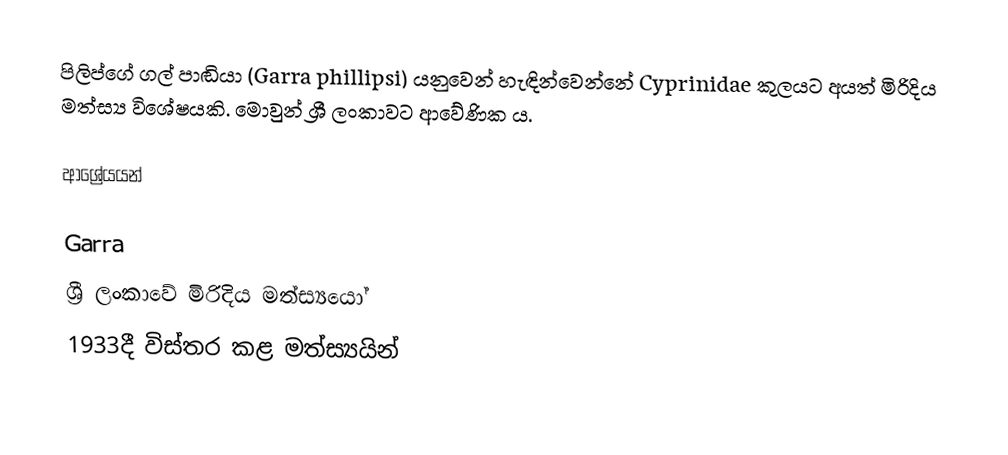
පිලිප්ගේ ගල් පාඬියා (Garra phillipsi) යනුවෙන් හැඳින්වෙන්නේ Cyprinidae කුලයට අයත් මිරිදිය මත්ස්‍ය විශේෂයකි. මොවුන් ශ්‍රී ලංකාවට ආවේණික ය.

ආශ්‍රේයයන්

Garra
ශ්‍රී ලංකාවේ මිරිදිය මත්ස්‍යයෝ
1933දී විස්තර කළ මත්ස්‍යයින්